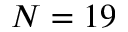
N = 1 9